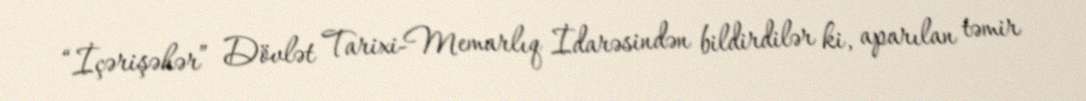
“İçərişəhər” Dövlət Tarixi-Memarlıq İdarəsindən bildirdilər ki, aparılan təmir